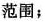
范围；